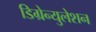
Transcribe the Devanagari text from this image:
डिग्रेन्युलेशन